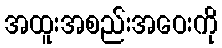
အထူးအစည်းအဝေးကို